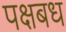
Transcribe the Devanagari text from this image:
पक्षबध